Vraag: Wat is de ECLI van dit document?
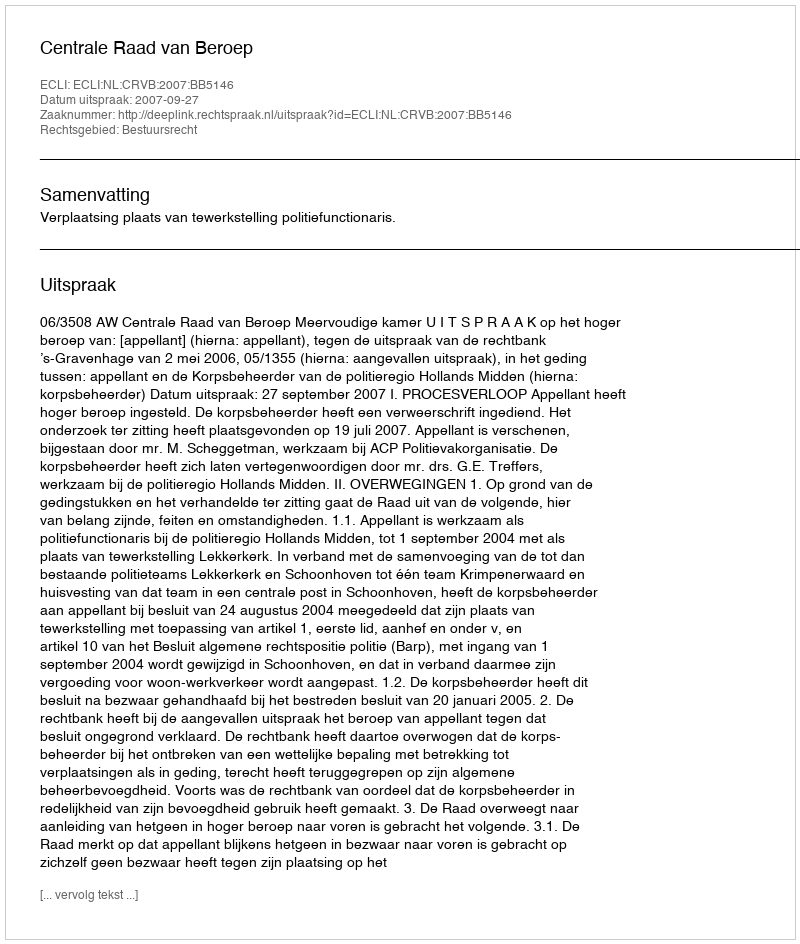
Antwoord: ECLI:NL:CRVB:2007:BB5146